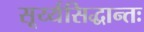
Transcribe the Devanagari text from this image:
सूर्य्यसिद्धान्तः